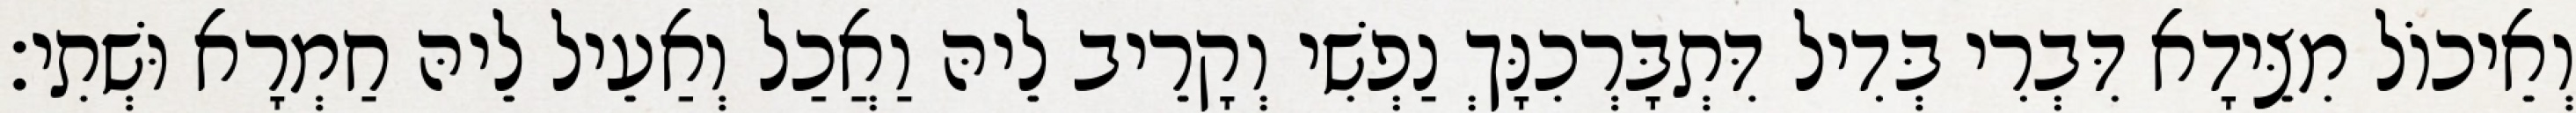
וְאֵיכוֹל מִצֵּידָא דִּבְרִי בְּדִיל דִּתְבָּרְכִנָּךְ נַפְשִׁי וְקָרֵיב לֵיהּ וַאֲכַל וְאַעֵיל לֵיהּ חַמְרָא וּשְׁתִי׃